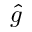
\hat { g }